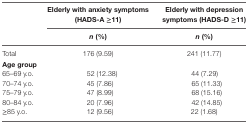
<table><thead><tr><td rowspan="3"></td><td><b>Elderly with anxiety symptoms (HADS-A ≥11)</b></td><td><b>Elderly with depression symptoms (HADS-D ≥11)</b></td></tr><tr><td><b><i>n</i> (%)</b></td><td><b><i>n</i> (%)</b></td></tr></thead><tbody><tr><td>Total</td><td>176 (9.59)</td><td>241 (11.77)</td></tr><tr><td><b>Age group</b></td><td colspan="2"></td></tr><tr><td>65–69 y.o.</td><td>52 (12.38)</td><td>44 (7.29)</td></tr><tr><td>70–74 y.o.</td><td>45 (7.86)</td><td>65 (11.33)</td></tr><tr><td>75–79 y.o.</td><td>47 (8.99)</td><td>68 (15.16)</td></tr><tr><td>80–84 y.o.</td><td>20 (7.96)</td><td>42 (14.85)</td></tr><tr><td>≥85 y.o.</td><td>12 (9.56)</td><td>22 (1.68)</td></tr></tbody></table>